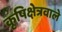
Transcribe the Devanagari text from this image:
कृषिक्षेत्रवाले